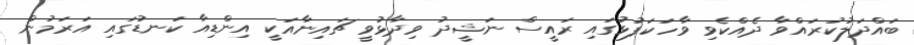
ބައްދަލުކުރައްވާ ދެއްކެވި ވާހަކަފުޅުގައި ރައީސް ނަޝީދު ވިދާޅުވީ ޗައިނާއަކީ އިންޑިއާ ކަނޑުގައި އަރަމުން